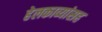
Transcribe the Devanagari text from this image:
हेलकाव्यांसह